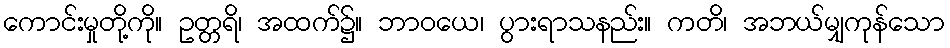
ကောင်းမှုတို့ကို။ ဥတ္တရိ၊ အထက်၌။ ဘာဝယေ၊ ပွားရာသနည်း။ ကတိ၊ အဘယ်မျှကုန်သော